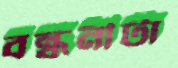
বন্ধনীটা